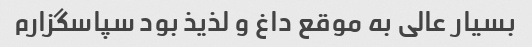
بسیار عالی به موقع داغ و لذیذ بود سپاسگزارم